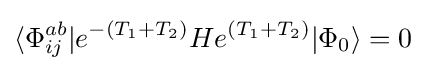
\langle \Phi _{ij}^{ab}|e^{-(T_{1}+T_{2})}He^{(T_{1}+T_{2})}|\Phi _{0}\rangle =0